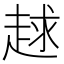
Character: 𧻱